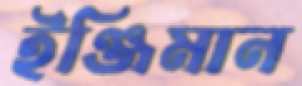
ইঞ্জিমান